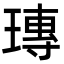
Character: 瑼